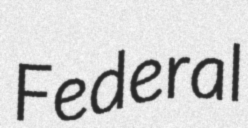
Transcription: Federal